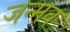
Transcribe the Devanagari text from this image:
जन्मव